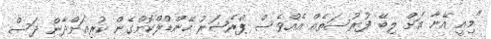
"މިއީ އޭނާ އަށް ލިބޭ ފުރުސަތެއް އެއްވެސް ޕްރެޝަރު ހޭންޑްލްކޮށްގެން ކުރިއަށްދާން ދަސް